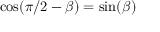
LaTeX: \cos ( \pi / 2 - \beta ) = \sin ( \beta )